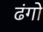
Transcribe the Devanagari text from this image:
ढंगो